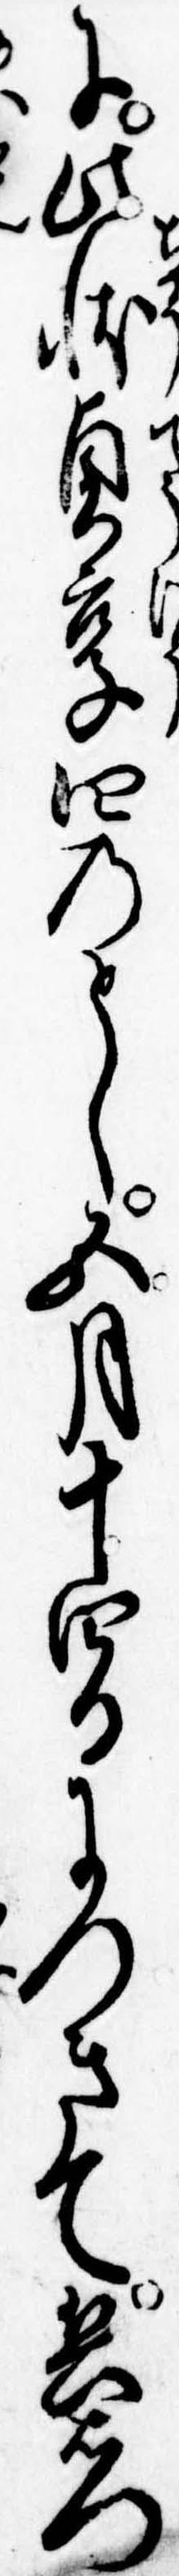
に此状貞享四のとし五月十四日につきて兵右門